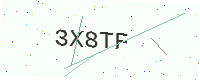
Text: 3X8TF